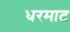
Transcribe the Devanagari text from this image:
धरमाट